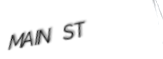
MAIN ST